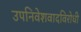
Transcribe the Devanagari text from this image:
उपनिवेशवादविरोधी